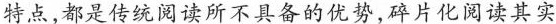
特点，都是传统阅读所不具备的优势，碎片化阅读其实